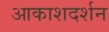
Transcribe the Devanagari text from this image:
आकाशदर्शन